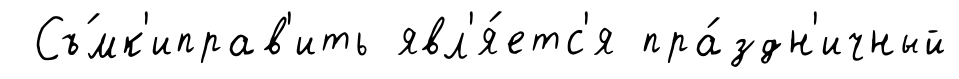
Съ́мк'иправ'ить явл'я́етс'я пра́здн'ичный